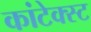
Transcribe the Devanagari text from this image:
कांटेक्स्ट